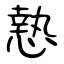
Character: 慹